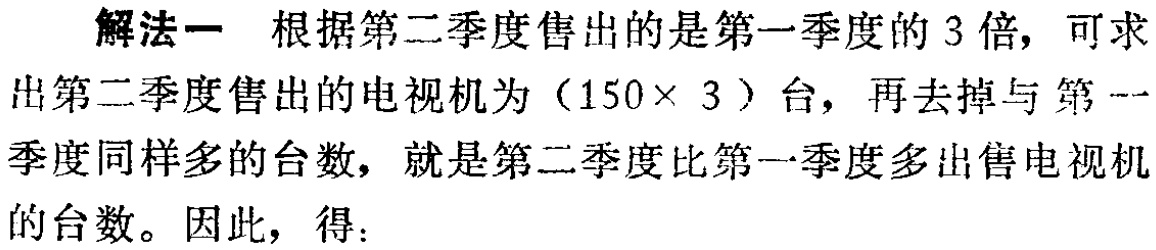
解法一 根据第二季度售出的是第一季度的 3 倍，可求出第二季度售出的电视机为（$150\times 3$）台，再去掉与第一季度同样多的台数，就是第二季度比第一季度多出售电视机的台数。因此，得：